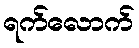
ရက်လောက်